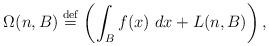
LaTeX: \begin{align*}\Omega (n,B)\stackrel{\rm def}{=}\left( \int_{B}f(x)\,\,dx+L(n,B)\right) ,\end{align*}